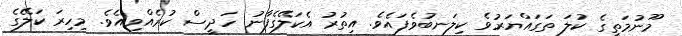
މޫނުމަތީގެ ކުލަ ތަގައްޔަރުވެ ކިލަނބުވެފައެވެ. އިތުރު އެކަލޭގެފާނު ހަދީސް ކުރެއްވިއެވެ. މިހިރަ ކަލޭގެ